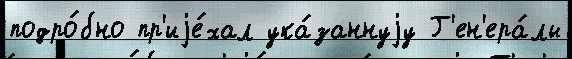
подро́бно пр'иjе́хал ука́заннуjу Г'ен'ера́лы